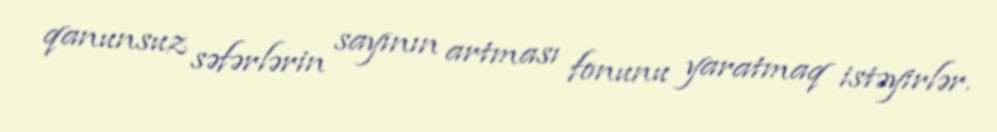
qanunsuz səfərlərin sayının artması fonunu yaratmaq istəyirlər.